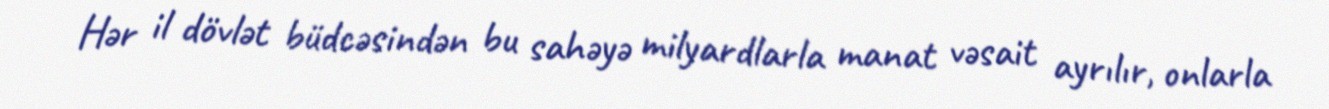
Hər il dövlət büdcəsindən bu sahəyə milyardlarla manat vəsait ayrılır, onlarla